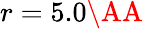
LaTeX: r=5.0\AA